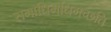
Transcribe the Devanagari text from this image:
समाधिमधिगच्छति